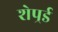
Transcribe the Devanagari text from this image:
शेपर्र्ड